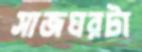
সাজঘরটা